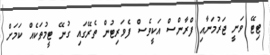
ޓިޓޭ ވަނީ ޖަރުމަނާއި ފްރާންސް އަކީވެސް ފެވަރިޓުން ތެރޭގައި ގުނޭ ޓީމުތަކެއް ކަމަށް